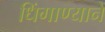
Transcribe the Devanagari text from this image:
धिंगाण्याने